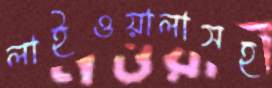
লাইওয়ালাসহ